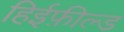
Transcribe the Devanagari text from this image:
हिईफ़ील्ड